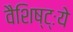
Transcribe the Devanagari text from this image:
वैशिष्ट्ःये